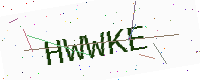
Text: HWWKE